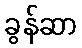
ခွန်ဆာ